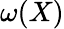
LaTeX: \omega(X)